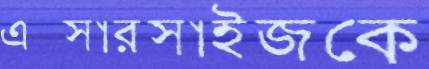
এক্সারসাইজকে